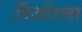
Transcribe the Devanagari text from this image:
पिंजोरला